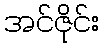
အင်ဇိုင်း